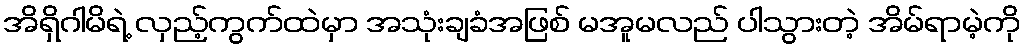
အိရှိဂါမိရဲ့ လှည့်ကွက်ထဲမှာ အသုံးချခံအဖြစ် မအူမလည် ပါသွားတဲ့ အိမ်ရာမဲ့ကို